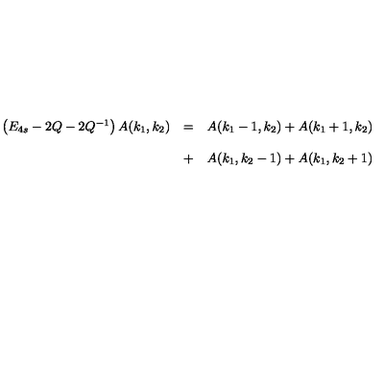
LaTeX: \begin{array} { l l l } { \left( E _ { 4 s } - 2 Q - 2 Q ^ { - 1 } \right) A ( k _ { 1 } , k _ { 2 } ) } & { = } & { A ( k _ { 1 } - 1 , k _ { 2 } ) + A ( k _ { 1 } + 1 , k _ { 2 } ) } \\ { } & { } & { } \\ { } & { + } & { A ( k _ { 1 } , k _ { 2 } - 1 ) + A ( k _ { 1 } , k _ { 2 } + 1 ) } \\ \end{array}